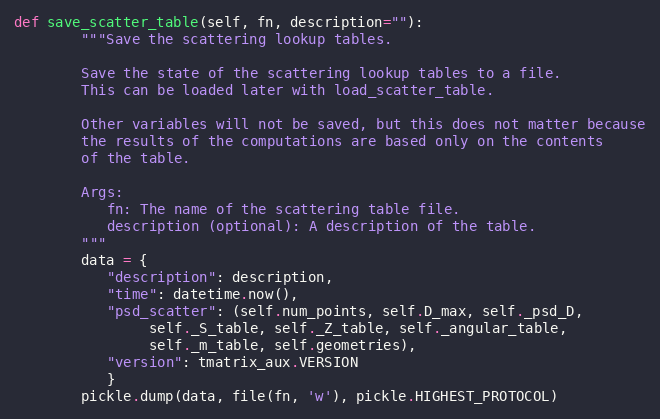
Language: Python
def save_scatter_table(self, fn, description=""):
        """Save the scattering lookup tables.

        Save the state of the scattering lookup tables to a file.
        This can be loaded later with load_scatter_table.

        Other variables will not be saved, but this does not matter because
        the results of the computations are based only on the contents
        of the table.

        Args:
           fn: The name of the scattering table file.
           description (optional): A description of the table.
        """
        data = {
           "description": description,
           "time": datetime.now(),
           "psd_scatter": (self.num_points, self.D_max, self._psd_D,
                self._S_table, self._Z_table, self._angular_table,
                self._m_table, self.geometries),
           "version": tmatrix_aux.VERSION
           }
        pickle.dump(data, file(fn, 'w'), pickle.HIGHEST_PROTOCOL)